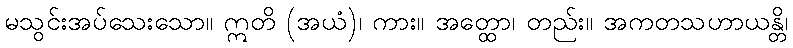
မသွင်းအပ်သေးသော။ ဣတိ (အယံ)၊ ကား။ အတ္ထော၊ တည်း။ အကတသဟာယန္တိ၊